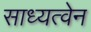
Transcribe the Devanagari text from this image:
साध्यत्वेन